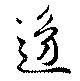
辺